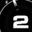
Digit: 2